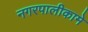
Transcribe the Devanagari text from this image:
नगरपालीकामे